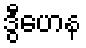
ဒွီဟေန